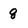
Character: 8